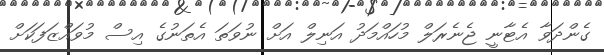
ގެންދަވާ އެޓާނީ ޖެނެރަލް މުހައްމަދު އަނިލް އަށް ނުވަތަ އެތަނުގެ އިސް މުވައްޒަފަކަށް